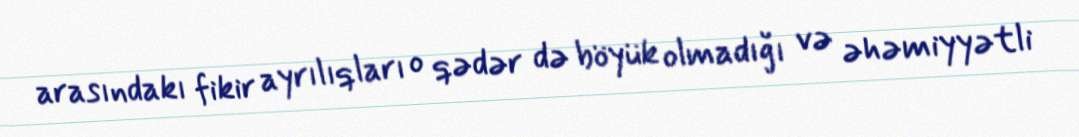
arasındakı fikir ayrılıqları o qədər də böyük olmadığı və əhəmiyyətli